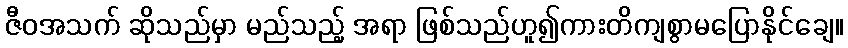
ဇီဝအသက် ဆိုသည်မှာ မည်သည့် အရာ ဖြစ်သည်ဟူ၍ကားတိကျစွာမပြောနိုင်ချေ။